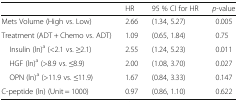
|  | HR | 95 % CI for HR | p-value |
 | --- | --- | --- | --- |
 | Mets Volume (High vs. Low) | 2.66 | (1.34, 5.27) | 0.005 |
 | Treatment (ADT + Chemo vs. ADT) | 1.09 | (0.65, 1.84) | 0.75 |
 | Insulin (ln)a (<2.1 vs. ≥2.1) | 2.55 | (1.24, 5.23) | 0.011 |
 | HGF (ln)a (>8.9 vs. ≤8.9) | 2.00 | (1.08, 3.70) | 0.027 |
 | OPN (ln)a (>11.9 vs. ≤11.9) | 1.67 | (0.84, 3.33) | 0.147 |
 | C-peptide (ln) (Unit = 1000) | 0.97 | (0.86, 1.10) | 0.622 |